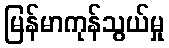
မြန်မာကုန်သွယ်မှု